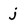
Character: j